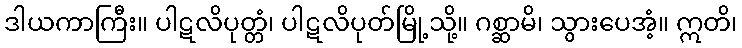
ဒါယကာကြီး။ ပါဋလိပုတ္တံ၊ ပါဋလိပုတ်မြို့သို့။ ဂစ္ဆာမိ၊ သွားပေအံ့။ ဣတိ၊